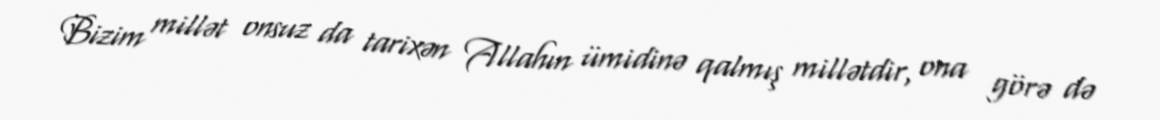
Bizim millət onsuz da tarixən Allahın ümidinə qalmış millətdir, ona görə də